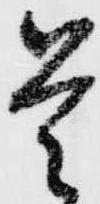
是